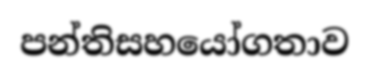
පන්තිසහයෝගතාව